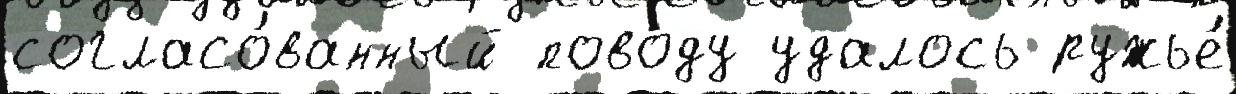
согласо́ванный поводу удалось ружье́